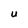
Character: U